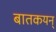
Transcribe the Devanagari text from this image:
बातकयन्